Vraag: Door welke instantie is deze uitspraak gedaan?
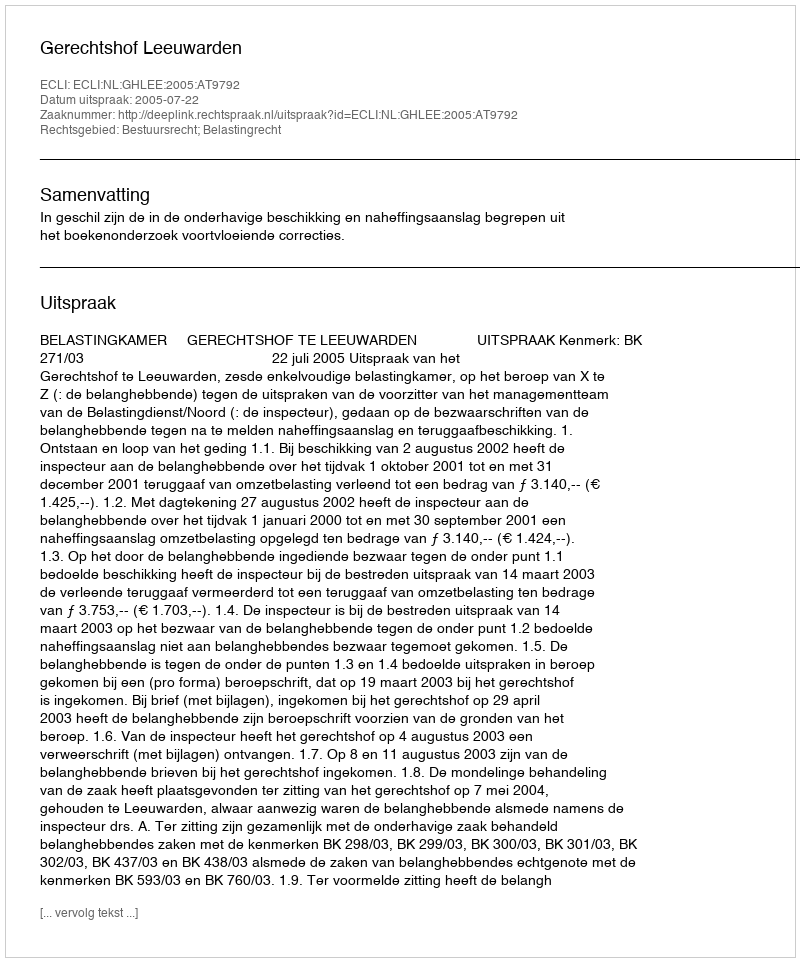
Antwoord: Gerechtshof Leeuwarden